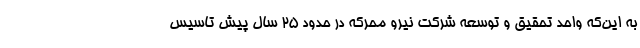
به این‌که واحد تحقیق و توسعه شرکت نیرو محرکه در حدود ۲۵ سال پیش تاسیس